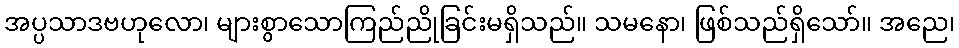
အပ္ပသာဒဗဟုလော၊ များစွာသောကြည်ညိုခြင်းမရှိသည်။ သမနော၊ ဖြစ်သည်ရှိသော်။ အညေ၊